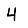
Digit: 4